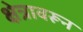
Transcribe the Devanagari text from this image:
क्षेत्रावरून